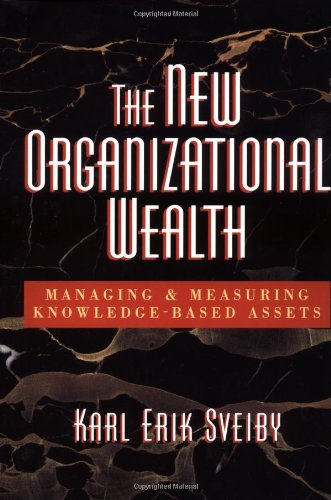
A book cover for The New Organizational Wealth: Managing and Measuring Knowledge-Based Assets; Karl Erik Sveiby; Business & Money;